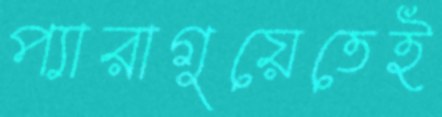
প্যারাগুয়েতেই